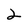
Character: 2